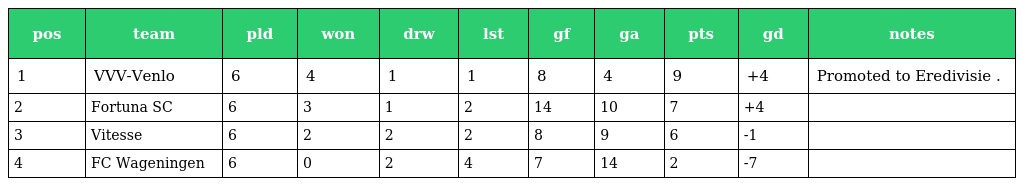
| pos | team | pld | won | drw | lst | gf | ga | pts | gd | notes |
 | --- | --- | --- | --- | --- | --- | --- | --- | --- | --- | --- |
 | 1 | VVV-Venlo | 6 | 4 | 1 | 1 | 8 | 4 | 9 | +4 | Promoted to Eredivisie . |
 | 2 | Fortuna SC | 6 | 3 | 1 | 2 | 14 | 10 | 7 | +4 |  |
 | 3 | Vitesse | 6 | 2 | 2 | 2 | 8 | 9 | 6 | -1 |  |
 | 4 | FC Wageningen | 6 | 0 | 2 | 4 | 7 | 14 | 2 | -7 |  |